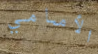
الأمامي